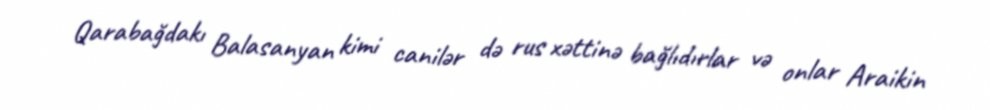
Qarabağdakı Balasanyan kimi canilər də rus xəttinə bağlıdırlar və onlar Araikin